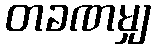
တခဏမျှ